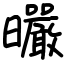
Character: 曮